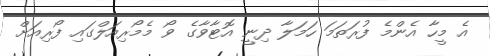
އެ މީހާ އެންމެ ފުރަތަމަ ހަމަލާ ދިނީ އޮޓާވާގެ ވޯ މެމޯރިއަލްގައި ފޯރިއަށް